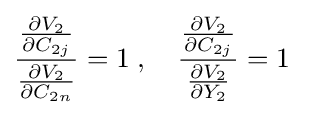
{\frac {\frac {\partial V_{2}}{\partial C_{2j}}}{\frac {\partial V_{2}}{\partial C_{2n}}}}=1\;,\quad {\frac {\frac {\partial V_{2}}{\partial C_{2j}}}{\frac {\partial V_{2}}{\partial Y_{2}}}}=1\;